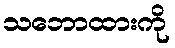
သဘောထားကို